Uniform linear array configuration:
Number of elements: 24
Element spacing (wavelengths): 0.5
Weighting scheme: uniform
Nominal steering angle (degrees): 0
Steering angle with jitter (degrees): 0.2117
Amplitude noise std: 0.05
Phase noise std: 0.05

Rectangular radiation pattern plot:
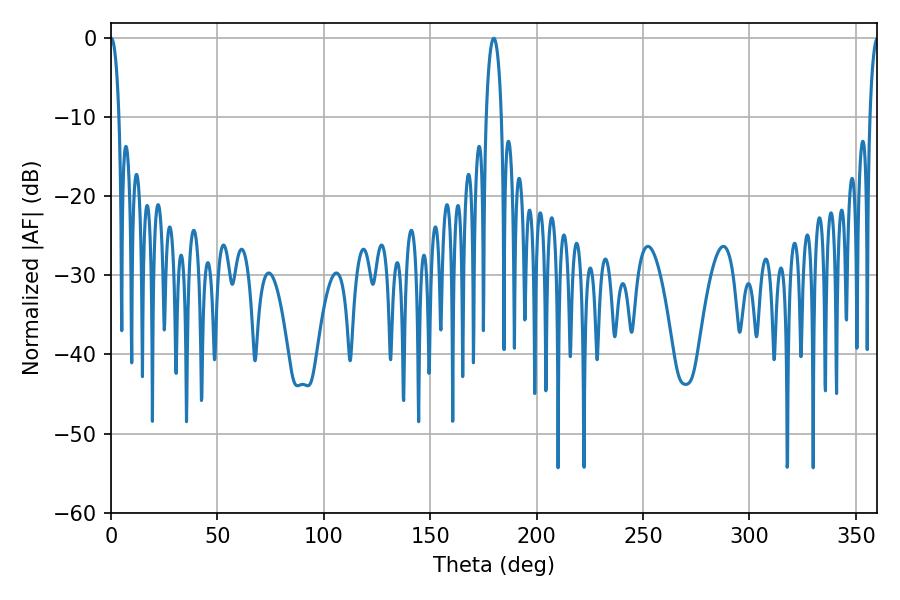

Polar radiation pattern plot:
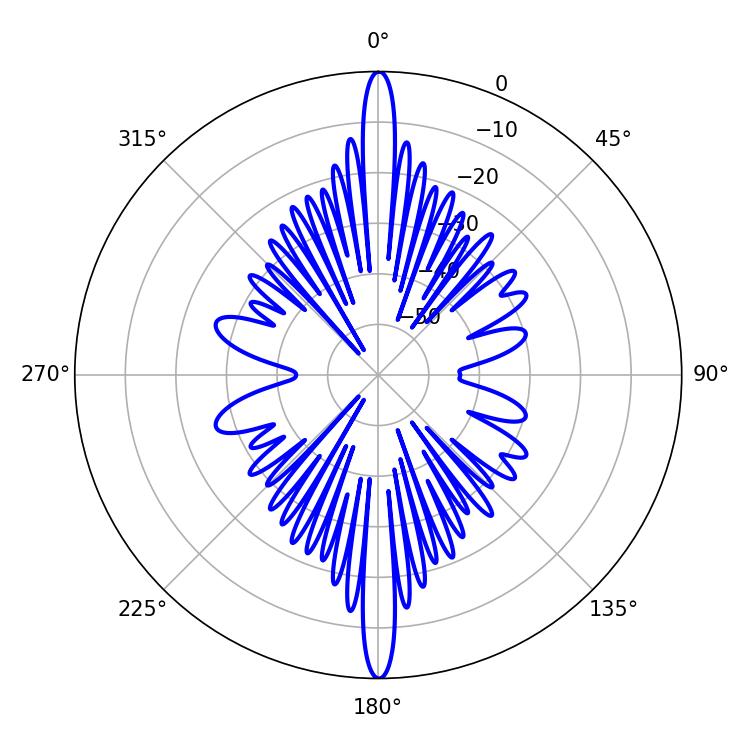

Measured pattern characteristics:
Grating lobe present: FALSE
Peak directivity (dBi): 36.702
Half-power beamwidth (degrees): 2.16
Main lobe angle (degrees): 0.18